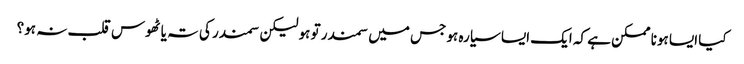
کیا ایسا ہونا ممکن ہے کہ ایک ایسا سیارہ ہو جس میں سمندر تو ہو لیکن سمندر کی تہ یا ٹھوس قلب نہ ہو؟